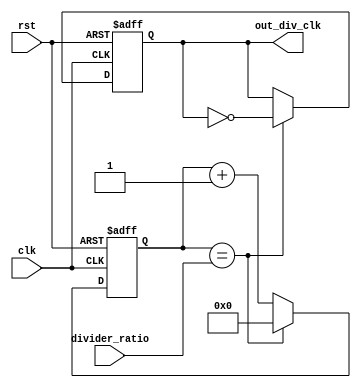
module ClockDivider (
    input clk,
    input rst,
    input [7:0] divider_ratio,
    output reg out_div_clk
);

reg [7:0] counter;

always @(posedge clk or posedge rst) begin
    if (rst) begin
        counter <= 8'h0;
        out_div_clk <= 1'b0;
    end else begin
        counter <= counter + 1;
        if (counter == divider_ratio) begin
            counter <= 8'h0;
            out_div_clk <= ~out_div_clk;
        end
    end
end

endmodule